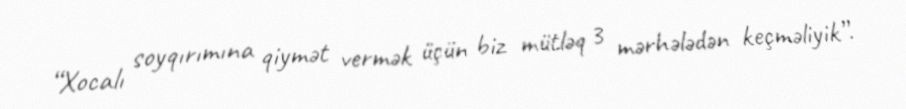
“Xocalı soyqırımına qiymət vermək üçün biz mütləq 3 mərhələdən keçməliyik”.